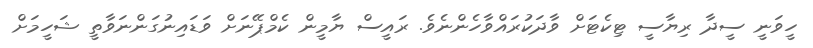
ހީވަނީ ސީދާ ރިޔާސީ ޓިކެޓަށް ވާދަކުރައްވާހެންނެވެ. ރައީސް ޔާމީން ކެމްޕޭނަށް ވަޑައިނުގަންނަވާތީ ޝަހީމަށް